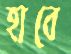
হাবে